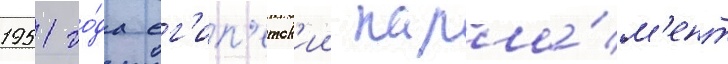
1951 го́да ег'ип'етск'ии парла́м'ент